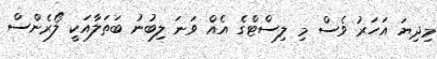
މިދިޔަ އަހަރު ވެސް މި ލިސްޓްގެ އެއް ވަނަ ލިބުނު ބަތަލާއަކީ ލޯރެންސް